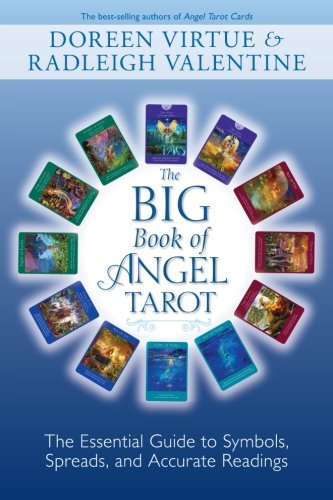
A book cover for The Big Book of Angel Tarot: The Essential Guide to Symbols, Spreads, and Accurate Readings; Doreen Virtue; Religion & Spirituality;